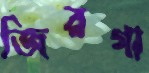
জিরগা